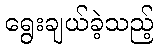
ရွေးချယ်ခဲ့သည့်